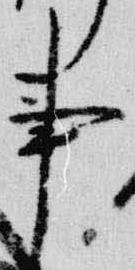
事